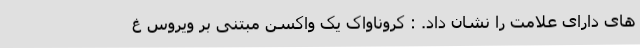
های دارای علامت را نشان داد. : کروناواک یک واکسن مبتنی بر ویروس غ